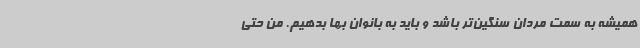
همیشه به سمت مردان سنگین‌تر باشد و باید به بانوان بها بدهیم. من حتی